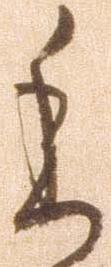
委